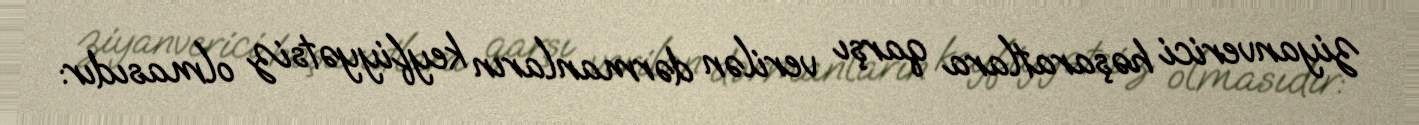
ziyanverici həşaratlara qarşı verilən dərmanların keyfiyyətsiz olmasıdır: